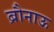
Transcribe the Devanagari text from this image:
ब्रौनाऊ